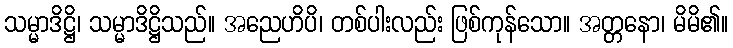
သမ္မာဒိဋ္ဌိ၊ သမ္မာဒိဋ္ဌိသည်။ အညေဟိပိ၊ တစ်ပါးလည်း ဖြစ်ကုန်သော။ အတ္တနော၊ မိမိ၏။